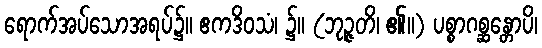
ရောက်အပ်သောအရပ်၌။ ဧကဒိဝသံ၊ ၌။ (ဘုဉ္ဇတိ၊ ၏။) ပစ္စာဂစ္ဆန္တောပိ၊